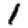
Digit: 1